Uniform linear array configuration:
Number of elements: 64
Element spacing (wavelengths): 0.5
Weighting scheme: hamming
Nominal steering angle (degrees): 45
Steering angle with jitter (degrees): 43.075
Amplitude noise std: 0.05
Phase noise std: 0.05

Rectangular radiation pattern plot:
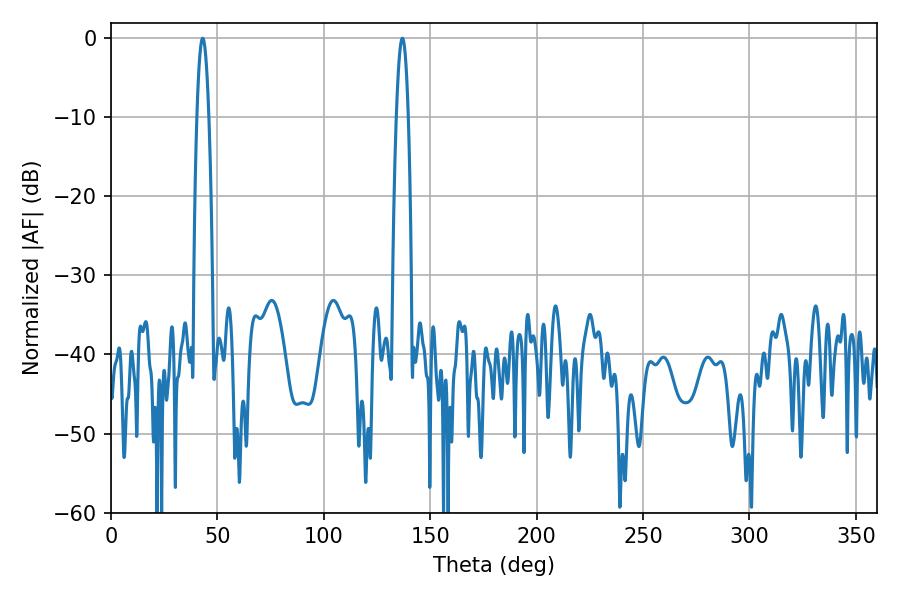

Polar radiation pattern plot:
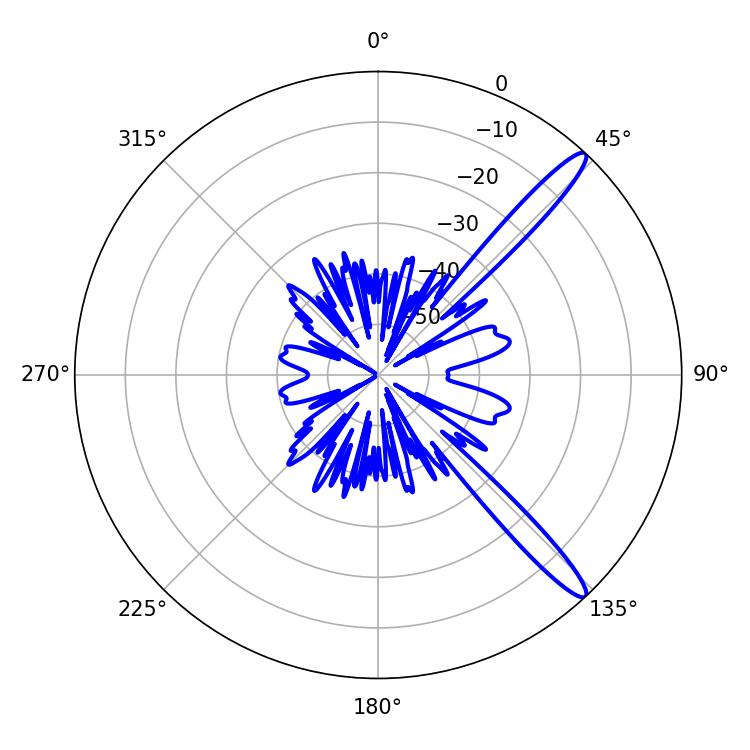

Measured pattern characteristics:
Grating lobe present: FALSE
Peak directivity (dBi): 13.963
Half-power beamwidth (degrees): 3.06
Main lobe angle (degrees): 43.02